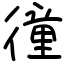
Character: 徸